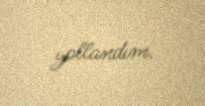
yollandım.